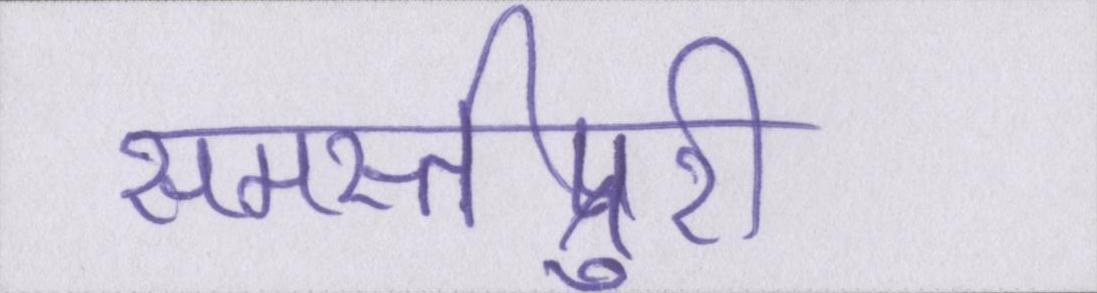
समस्तीपुरी